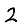
Digit: 2